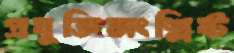
প্রযুক্তিসংশ্লিষ্ট